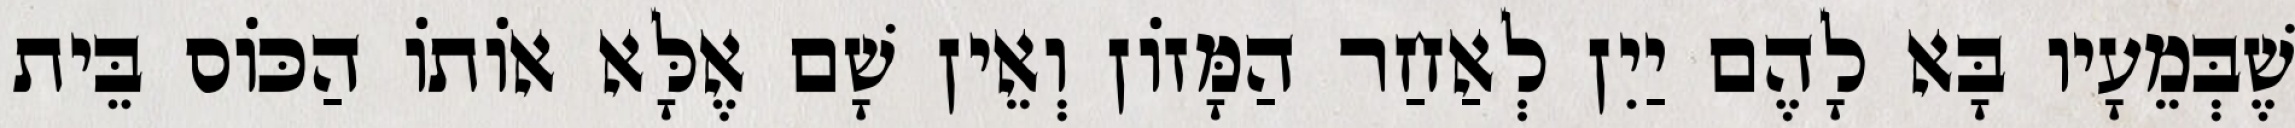
שֶׁבְּמֵעָיו בָּא לָהֶם יַיִן לְאַחַר הַמָּזוֹן וְאֵין שָׁם אֶלָּא אוֹתוֹ הַכּוֹס בֵּית